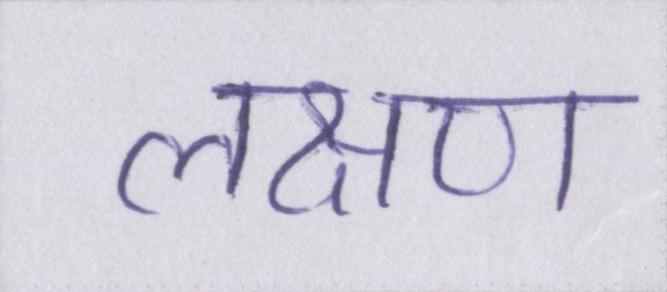
लक्षण